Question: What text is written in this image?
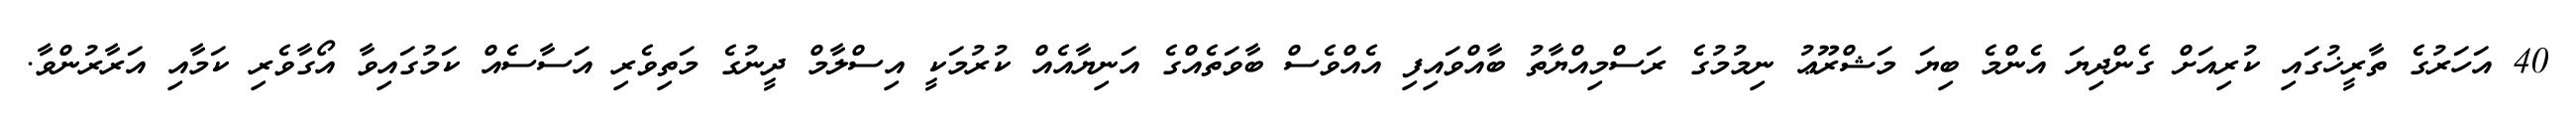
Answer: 40 އަހަރުގެ ތާރީޚުގައި ކުރިއަށް ގެންދިޔަ އެންމެ ބިޔަ މަޝްރޫޢު ނިމުމުގެ ރަސްމިއްޔާތު ބާއްވައިފި އެއްވެސް ބާވަތެއްގެ އަނިޔާއެއް ކުރުމަކީ އިސްލާމް ދީނުގެ މަތިވެރި އަސާސެއް ކަމުގައިވާ އޯގާވެރި ކަމާއި އަރާރުންވާ.